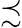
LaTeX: \precsim